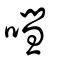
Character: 嘒